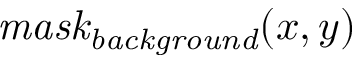
\mathit { m a s k } _ { \mathit { b a c k g r o u n d } } ( x , y )